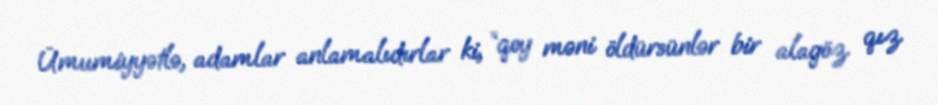
Ümumiyyətlə, adamlar anlamalıdırlar ki, “qoy məni öldürsünlər bir alagöz qız